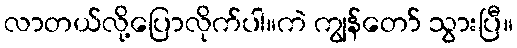
လာတယ်လို့ပြောလိုက်ပါ။ကဲ ကျွန်တော် သွားပြီ။